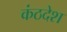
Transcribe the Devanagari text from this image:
कंठदेश